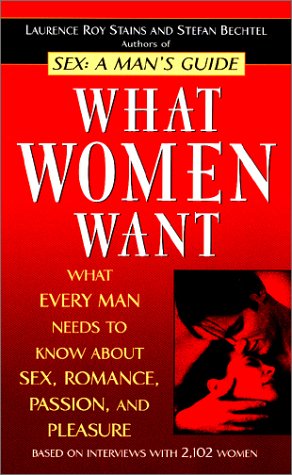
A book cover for What Women Want: What Every Man Needs to Know About SEX, Romance, Passion and Pleasure; Stefan Bechtel; Health, Fitness & Dieting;